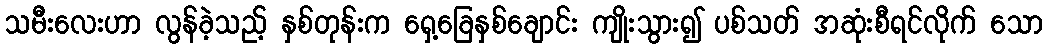
သမီးလေးဟာ လွန်ခဲ့သည့် နှစ်တုန်းက ရှေ့ခြေနှစ်ချောင်း ကျိုးသွား၍ ပစ်သတ် အဆုံးစီရင်လိုက် သော